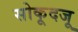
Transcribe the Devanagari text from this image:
सोकूदजू